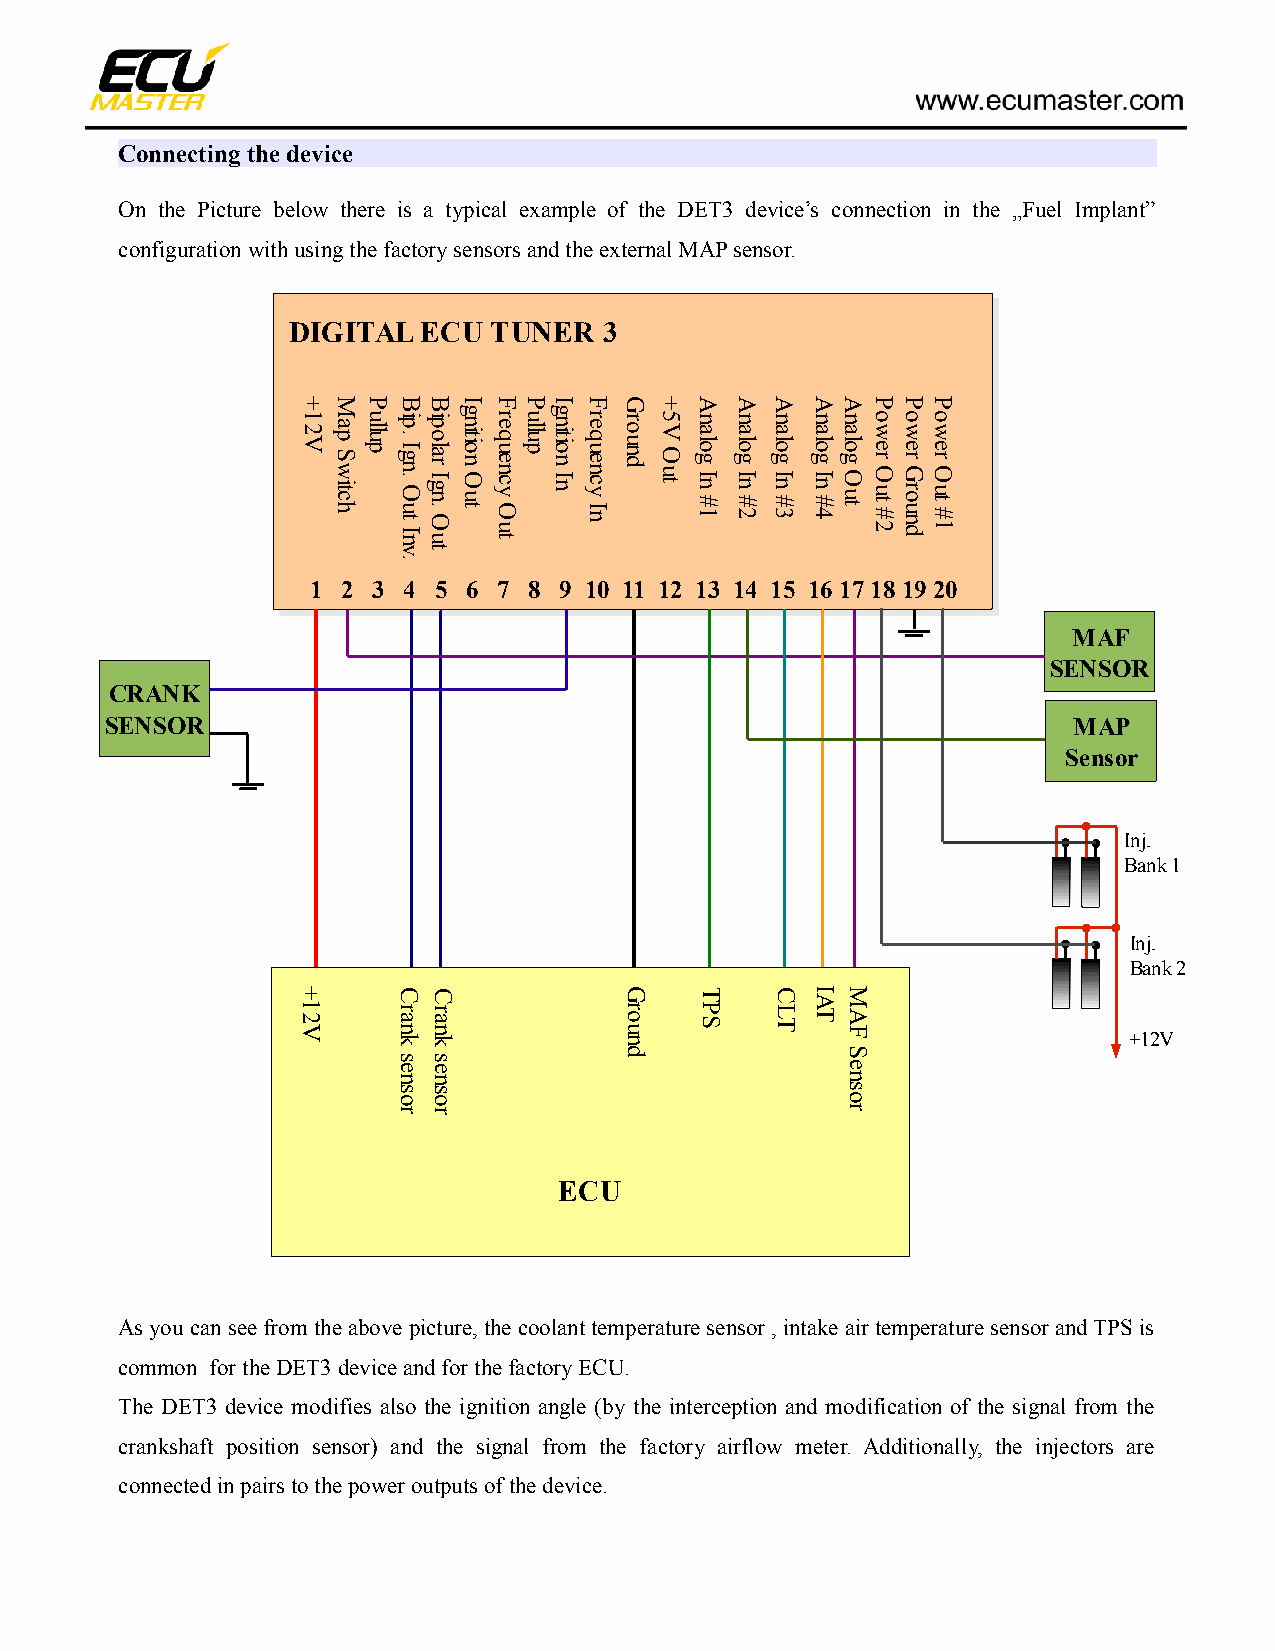
Connecting the device
 On the Picture below there is a typical example of the DET3 device’s connection in the „Fuel Implant”
 configuration with using the factory sensors and the external MAP sensor.
 DIGITAL  ECU TUNER   3
 + M P BB  I  FPI   F G  + A  A A  AAPPP
 1 2 V a p S w itc h u llu p ip . I g n . O u t I nip o la r I g n . O u g n itio n O u t r e q u e n c y O u tu llu pg n itio n I n r e q u e n c y I n r o u n d 5 V O u t n a lo g I n # 1 n a lo g I n # 2 n a lo g I n # 3 n a lo g I n # 4n a lo g O u to w e r O u t # 2o w e r G r o u n do w e r O u t # 1
 vt
 .
 1  2 3 4 5 6 7 8 9 10 11 12 13 14 15 16 17 18 19 20
 MAF
 SENSOR
 CRANK
 SENSOR                                                          MAP
 Sensor
 Inj.
 Bank 1
 Inj.
 Bank 2
 +     C C            G    T    C  I A M
 1 2 V r a n k
 s e
 r a n k
 s e
 r o u n
 d
 P S  L T T A F
 S
 e
 +12V
 n n                           n
 s o s o                       s o
 r r                           r
 ECU
 As you can see from the above picture, the coolant temperature sensor , intake air temperature sensor and TPS is
 common for the DET3 device and for the factory ECU.
 The DET3 device modifies also the ignition angle (by the interception and modification of the signal from the
 crankshaft position sensor) and the signal from the factory airflow meter. Additionally, the injectors are
 connected in pairs to the power outputs of the device.